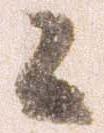
々